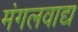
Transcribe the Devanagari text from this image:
मंगलवाद्य